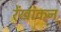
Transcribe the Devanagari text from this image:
रेंखांकन